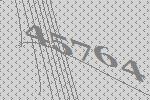
45764